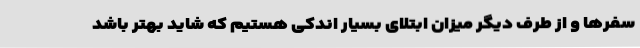
سفرها و از طرف دیگر میزان ابتلای بسیار اندکی هستیم که شاید بهتر باشد